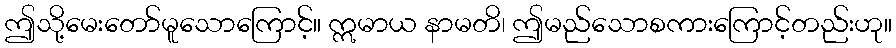
ဤသို့မေးတော်မူသောကြောင့်။ ဣမာယ နာမတိ၊ ဤမည်သောစကားကြောင့်တည်းဟု။